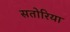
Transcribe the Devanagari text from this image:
सतोरिया